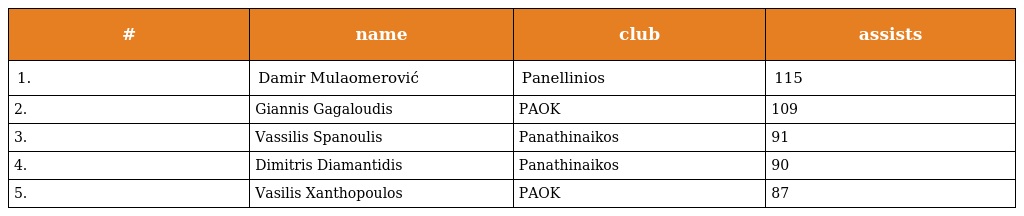
| # | name | club | assists |
 | --- | --- | --- | --- |
 | 1. | Damir Mulaomerović | Panellinios | 115 |
 | 2. | Giannis Gagaloudis | PAOK | 109 |
 | 3. | Vassilis Spanoulis | Panathinaikos | 91 |
 | 4. | Dimitris Diamantidis | Panathinaikos | 90 |
 | 5. | Vasilis Xanthopoulos | PAOK | 87 |